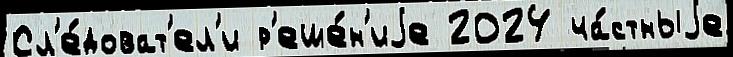
Сл'е́доват'ел'и р'еше́н'иjе 2024 ча́стныjе